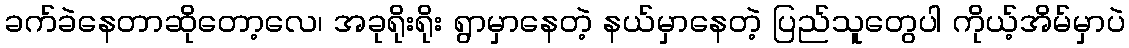
ခက်ခဲနေတာဆိုတော့လေ၊ အခုရိုးရိုး ရွာမှာနေတဲ့ နယ်မှာနေတဲ့ ပြည်သူတွေပါ ကိုယ့်အိမ်မှာပဲ